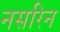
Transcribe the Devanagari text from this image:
नसरिन